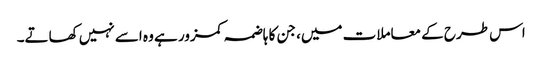
اس طرح کے معاملات میں، جن کا ہاضمہ کمزور ہے وہ اسے نہیں کھاتے۔